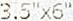
3.5"X6"